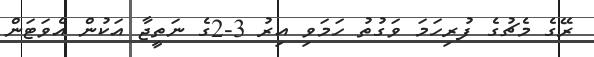
ރޭގެ މެޗުގެ ފުރިހަމަ ވަގުތު ހަމަވި އިރު 3-2ގެ ނަތީޖާ އަކުން އެވަޓަން